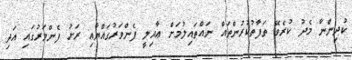
ކުދިންނާ މެދު ކުރެވޭ ތަފާތުކުރުންތައް ނައްތައިލުމަށް ޢާއިލީ ފެންވަރުގައްޔާއި ރަށު ފެންވަރުގައި އަދި